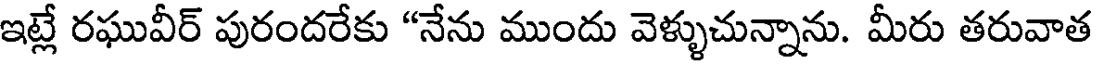
ఇట్లే రఘువీర్ పురందరేకు "నేను ముందు వెళ్ళుచున్నాను. మీరు తరువాత